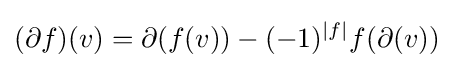
(\partial f)(v)=\partial (f(v))-(-1)^{\left|f\right|}f(\partial (v))